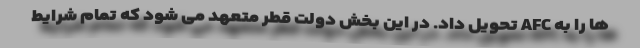
ها را به AFC تحویل داد. در این بخش دولت قطر متعهد می شود که تمام شرایط